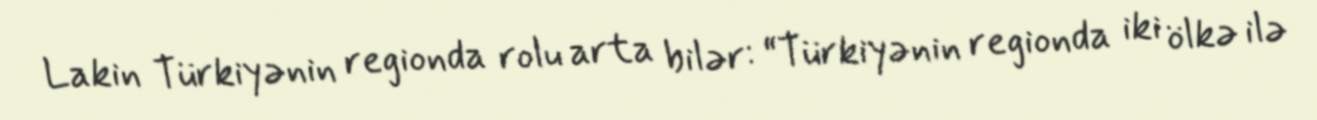
Lakin Türkiyənin regionda rolu arta bilər: “Türkiyənin regionda iki ölkə ilə